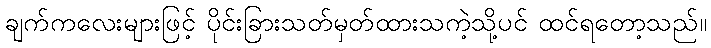
ချက်ကလေးများဖြင့် ပိုင်းခြားသတ်မှတ်ထားသကဲ့သို့ပင် ထင်ရတော့သည်။